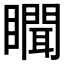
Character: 𰦇